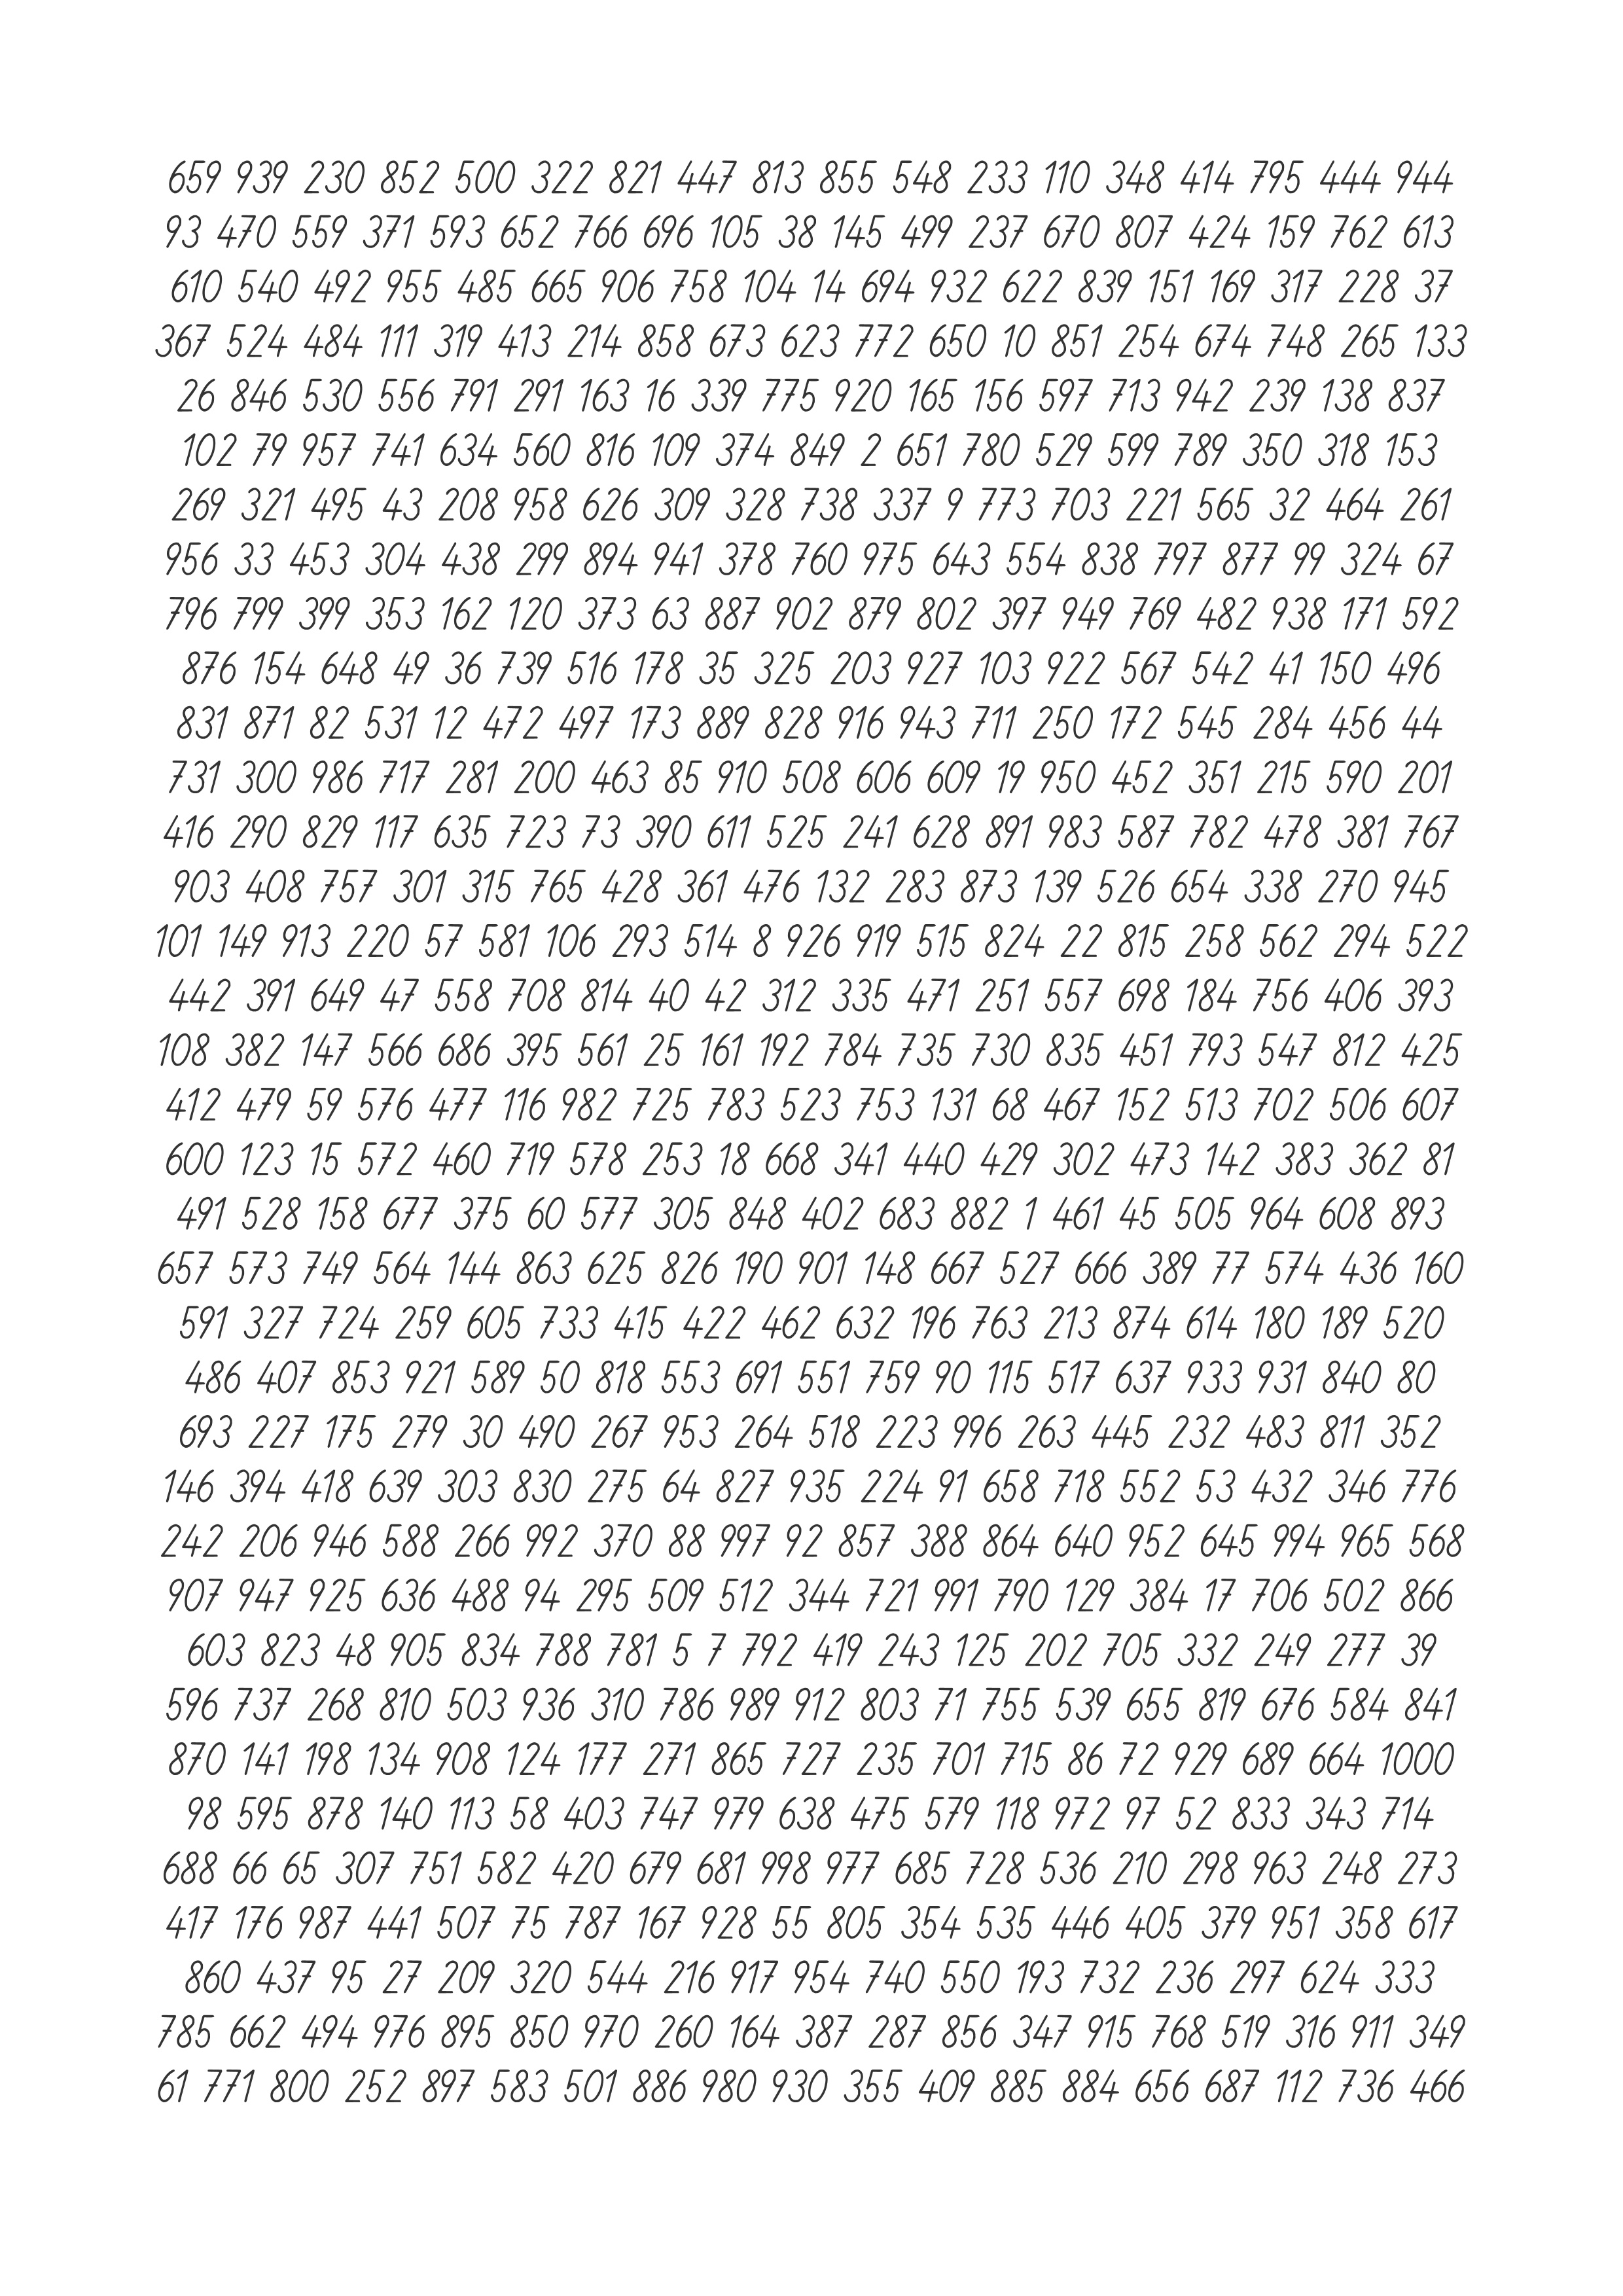
659 939 230 852 500 322 821 447 813 855 548 233 110 348 414 795 444 944
93 470 559 371 593 652 766 696 105 38 145 499 237 670 807 424 159 762 613
610 540 492 955 485 665 906 758 104 14 694 932 622 839 151 169 317 228 37
367 524 484 111 319 413 214 858 673 623 772 650 10 851 254 674 748 265 133
26 846 530 556 791 291 163 16 339 775 920 165 156 597 713 942 239 138 837
102 79 957 741 634 560 816 109 374 849 2 651 780 529 599 789 350 318 153
269 321 495 43 208 958 626 309 328 738 337 9 773 703 221 565 32 464 261
956 33 453 304 438 299 894 941 378 760 975 643 554 838 797 877 99 324 67
796 799 399 353 162 120 373 63 887 902 879 802 397 949 769 482 938 171 592
876 154 648 49 36 739 516 178 35 325 203 927 103 922 567 542 41 150 496
831 871 82 531 12 472 497 173 889 828 916 943 711 250 172 545 284 456 44
731 300 986 717 281 200 463 85 910 508 606 609 19 950 452 351 215 590 201
416 290 829 117 635 723 73 390 611 525 241 628 891 983 587 782 478 381 767
903 408 757 301 315 765 428 361 476 132 283 873 139 526 654 338 270 945
101 149 913 220 57 581 106 293 514 8 926 919 515 824 22 815 258 562 294 522
442 391 649 47 558 708 814 40 42 312 335 471 251 557 698 184 756 406 393
108 382 147 566 686 395 561 25 161 192 784 735 730 835 451 793 547 812 425
412 479 59 576 477 116 982 725 783 523 753 131 68 467 152 513 702 506 607
600 123 15 572 460 719 578 253 18 668 341 440 429 302 473 142 383 362 81
491 528 158 677 375 60 577 305 848 402 683 882 1 461 45 505 964 608 893
657 573 749 564 144 863 625 826 190 901 148 667 527 666 389 77 574 436 160
591 327 724 259 605 733 415 422 462 632 196 763 213 874 614 180 189 520
486 407 853 921 589 50 818 553 691 551 759 90 115 517 637 933 931 840 80
693 227 175 279 30 490 267 953 264 518 223 996 263 445 232 483 811 352
146 394 418 639 303 830 275 64 827 935 224 91 658 718 552 53 432 346 776
242 206 946 588 266 992 370 88 997 92 857 388 864 640 952 645 994 965 568
907 947 925 636 488 94 295 509 512 344 721 991 790 129 384 17 706 502 866
603 823 48 905 834 788 781 5 7 792 419 243 125 202 705 332 249 277 39
596 737 268 810 503 936 310 786 989 912 803 71 755 539 655 819 676 584 841
870 141 198 134 908 124 177 271 865 727 235 701 715 86 72 929 689 664 1000
98 595 878 140 113 58 403 747 979 638 475 579 118 972 97 52 833 343 714
688 66 65 307 751 582 420 679 681 998 977 685 728 536 210 298 963 248 273
417 176 987 441 507 75 787 167 928 55 805 354 535 446 405 379 951 358 617
860 437 95 27 209 320 544 216 917 954 740 550 193 732 236 297 624 333
785 662 494 976 895 850 970 260 164 387 287 856 347 915 768 519 316 911 349
61 771 800 252 897 583 501 886 980 930 355 409 885 884 656 687 112 736 466